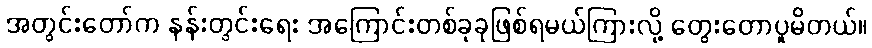
အတွင်းတော်က နန်းတွင်းရေး အကြောင်းတစ်ခုခုဖြစ်ရမယ်ကြားလို့ တွေးတောပူမိတယ်။